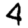
Digit: 4